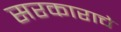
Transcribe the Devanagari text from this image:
सरकाराचे